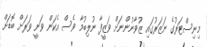
މިނިސްޓަރުގެ ނަޒަރުގައި ޒުވާނުންނަށް ވަޒީފާ ނުލިބުމާ ވެސް އެކަން ވަނީ ވަރަށް ބޮޑަށް